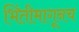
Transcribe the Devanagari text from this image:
भिंतीमागूनच